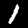
Digit: 1